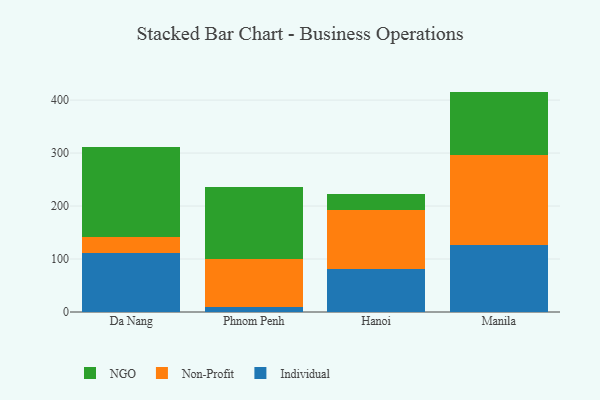
{"axis": {"x": "City", "y": "Production Output"}, "legend": ["Individual", "NGO", "Non-Profit"], "data": [{"x": "Da Nang", "y": 110.5, "type": "Individual"}, {"x": "Da Nang", "y": 31.3, "type": "Non-Profit"}, {"x": "Da Nang", "y": 169.3, "type": "NGO"}, {"x": "Phnom Penh", "y": 9.6, "type": "Individual"}, {"x": "Phnom Penh", "y": 90.0, "type": "Non-Profit"}, {"x": "Phnom Penh", "y": 136.4, "type": "NGO"}, {"x": "Hanoi", "y": 81.0, "type": "Individual"}, {"x": "Hanoi", "y": 111.5, "type": "Non-Profit"}, {"x": "Hanoi", "y": 30.7, "type": "NGO"}, {"x": "Manila", "y": 127.1, "type": "Individual"}, {"x": "Manila", "y": 168.3, "type": "Non-Profit"}, {"x": "Manila", "y": 120.6, "type": "NGO"}]}